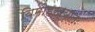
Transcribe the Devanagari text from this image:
विमोहख्यातः